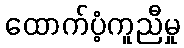
ထောက်ပံ့ကူညီမှု